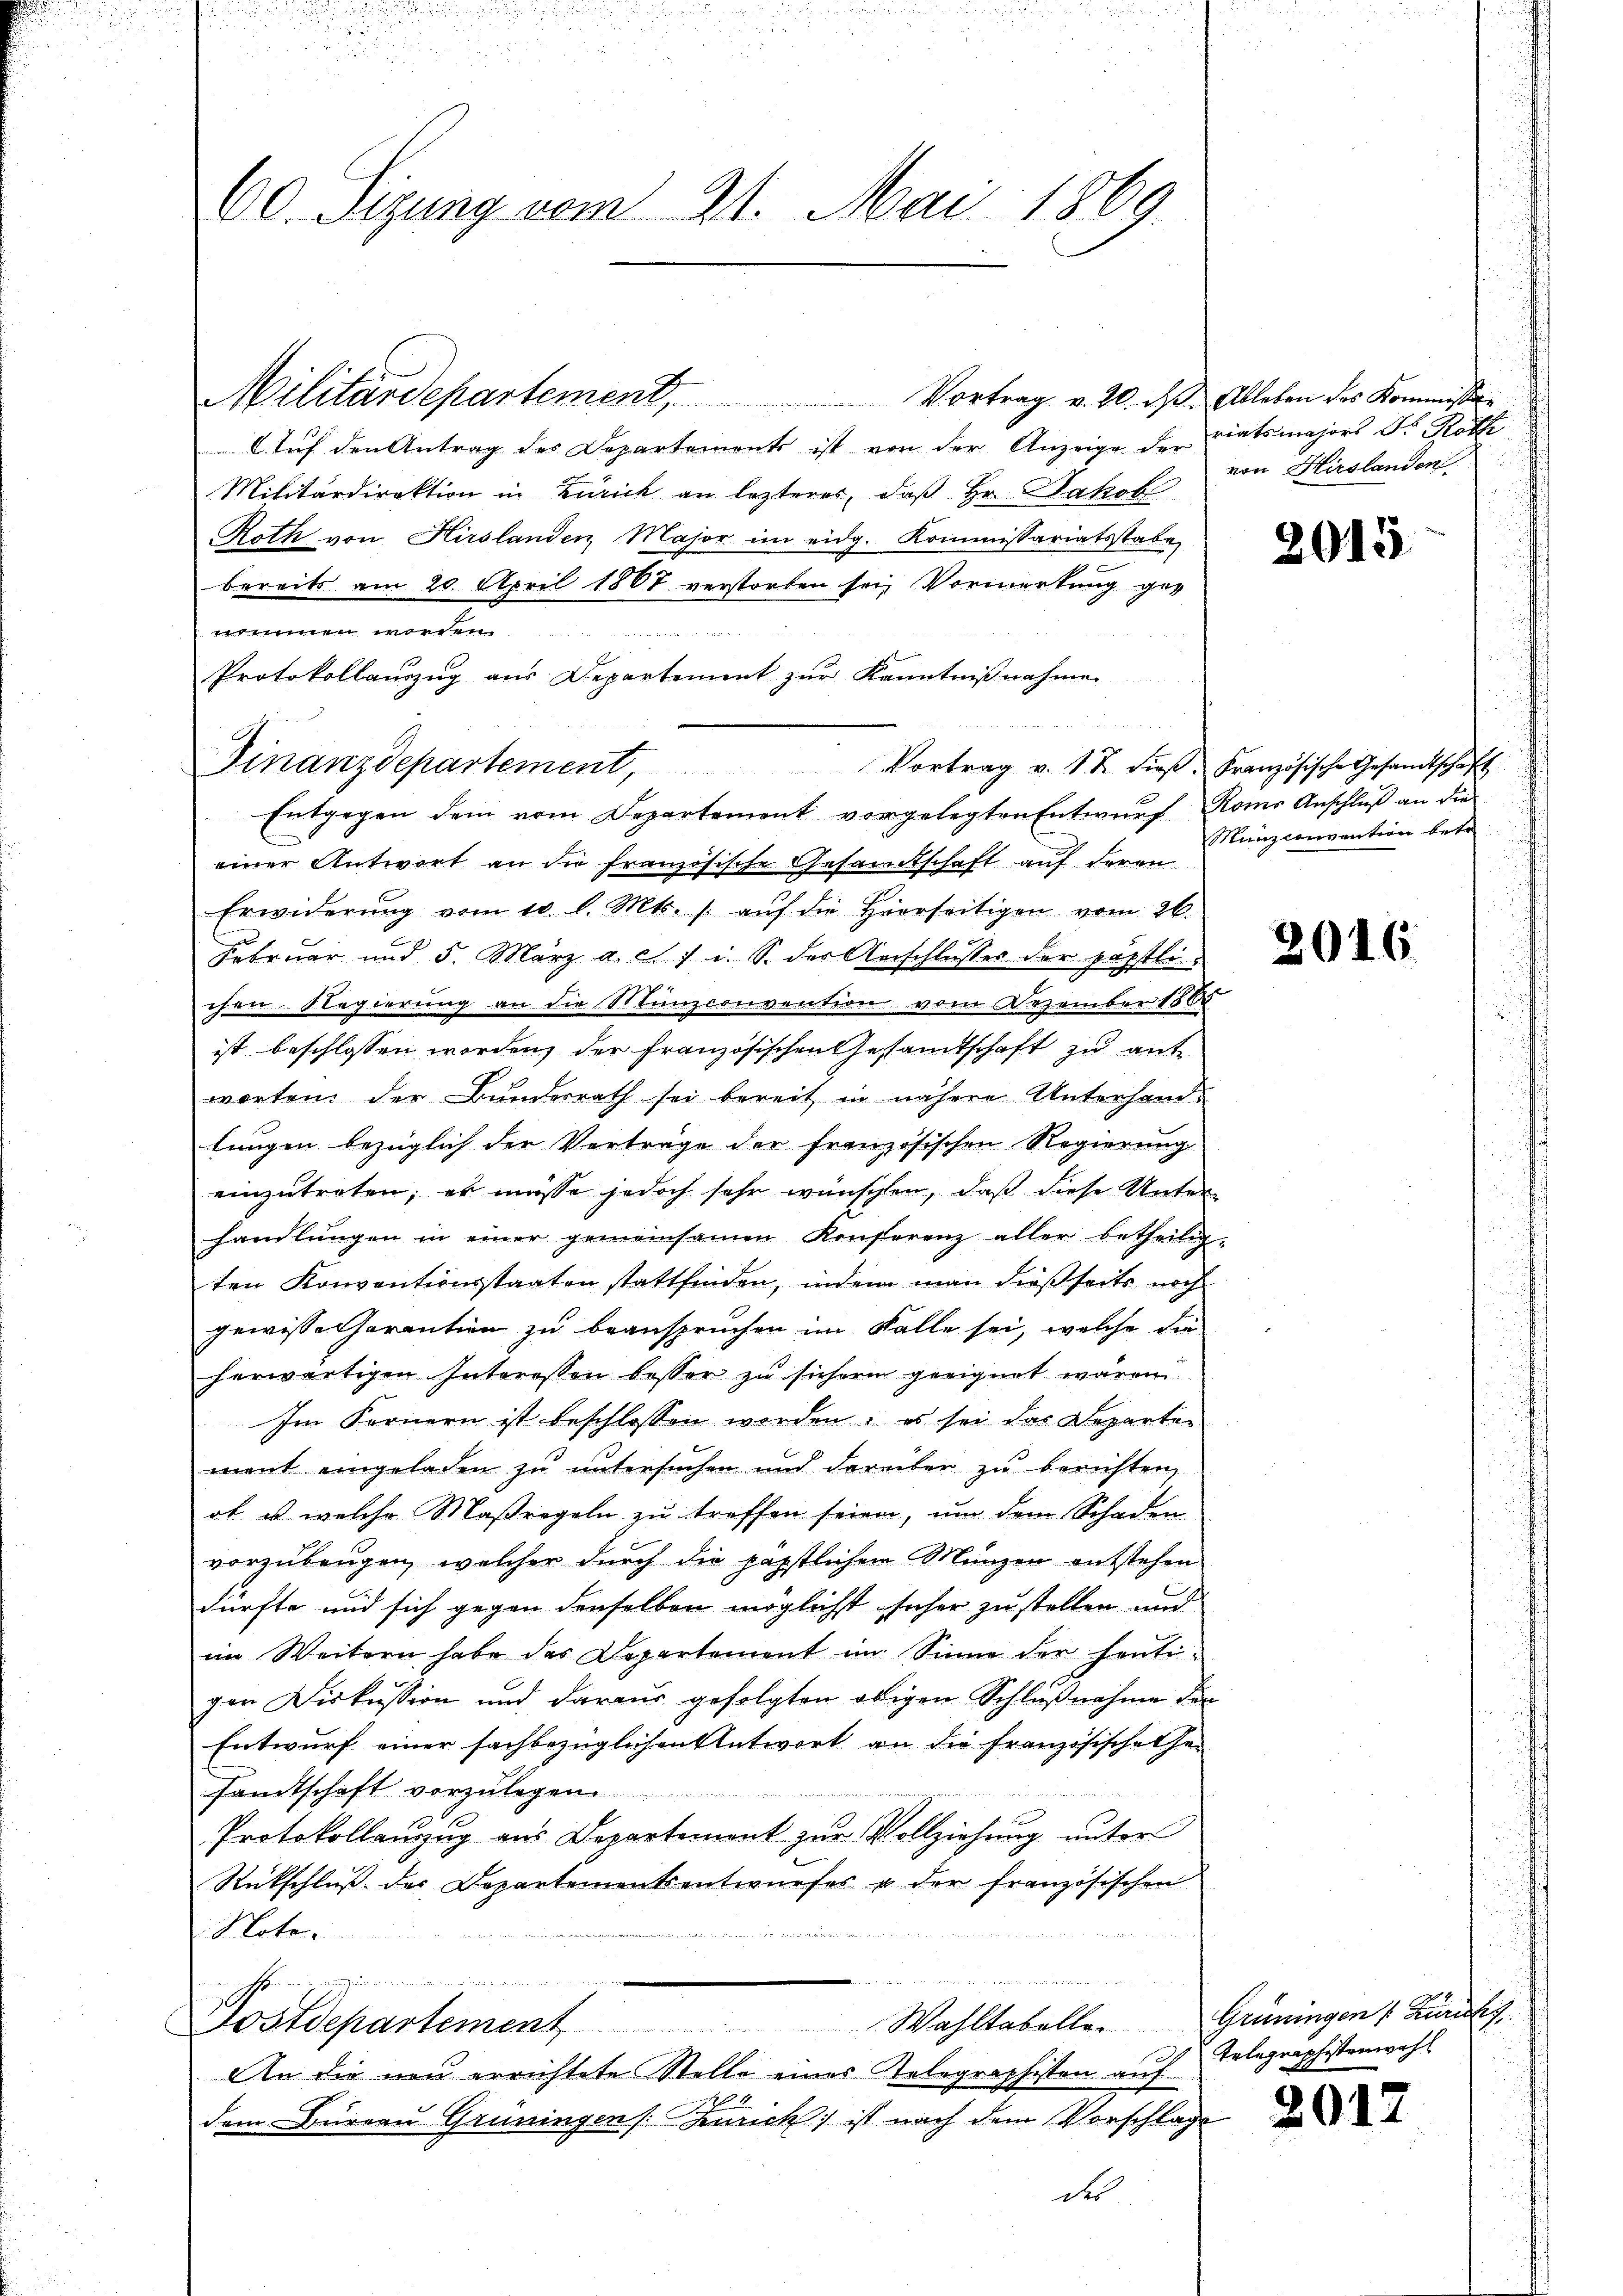
Finanzdepartement, Vortrag v. 12. dieβ. Französische Gesandtschaft

60. Sizung vom 21. Mai 1869.

Militärdepartement,

Vortrag v. 20. ds.
Auf den Antrag des Departements ist von der Anzeige der
Militärdirektion in Zürich an lezterer, daß Hr. Jakob
Roth von Hirslanden Major im eidg. Kommissariatsstabe
bereits am 20. April 1867 verstorben sei, Vormerkung genommen worden.
Protokollauszug aus Departement zur Kenntnißnahme
Entgegen dem vom Departemont vorgelegten Entwŭrf Roms Anschluß an die
einer Antwort an die französische Gesandtschaft auf deren
Erwiderŭng vom 10. l. Mts. /: aŭf die Herrseitigen vom 26.
Februar und 5. März a. c. 1 i. S. der Anschlusses der päpstli
chen Regierung an die Munzconvention vom Dezember 1865
ist beschlossen worden, der französischen Gesandtschaft zu antworten: der Bundesrath sei bereit in nähere Unterhandlungen bezüglich der Verträge der französischen Regierung
einzutreten; es müsse jedoch sehr wünschen, daß diese Unter-
handlungen in einer gemeinsamen Konferenz aller betheilig-
ten Konventionsstaaten stattfinden, indem man dießseits noch
gewisse charention zu beanspruchen im Falle sei, welche die
herwärtigen Interessen besser zu sichern geeignet wären.
Im Fornern ist beschlossen werden; es sei das Departen
ment eingeladen zu untersuchen und darüber zŭ berichten
ob, us welche Maßregeln zu treffen seien, um dem Schaden
vorzubeugen, welcher durch die päpstlichen Münzen entstehen
dürfte und sich gegen denselben möglicht seher zustellen und
im Weitern habe das Departement im Sinne der heutigen Diskussion und daraus gefolgten obigen Schlußnahme der
Entwurf einer sachbezüglichen Antwort an die französische Ge-
sandtschaft vorzulegen.
Protokollauszug aus Departement zur Vollziehung unter
Rückschlŭβ der Departementsentwŭrfes u der französischen
Note.
 es se
in offenen ausgenommen und immerung
Postdepartement Wahltabelle. Grüningen (Züricht
f
An die neu errichtete Stelle eines Telegraphisten auf
22.
dem Bureau Grüningen /: Zürich) ist nach dem Vorschlage
des

Ableben des Kommission
riatsmajors Dr. Roth
von Hirslanden

2015

Manzconvention betr

2016

Telegraphistenwahl

2017